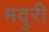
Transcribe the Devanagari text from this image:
मदुरी